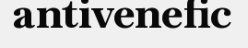
antivenefic